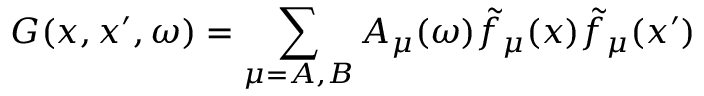
G ( x , x ^ { \prime } , \omega ) = \sum _ { \mu = A , B } A _ { \mu } ( \omega ) \tilde { f } _ { \mu } ( x ) \tilde { f } _ { \mu } ( x ^ { \prime } )